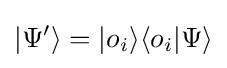
|\Psi '\rangle =|o_{i}\rangle \langle o_{i}|\Psi \rangle